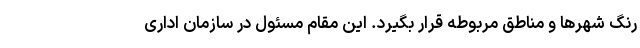
رنگ شهرها و مناطق مربوطه قرار بگیرد. این مقام مسئول در سازمان اداری